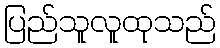
ပြည်သူလူထုသည်